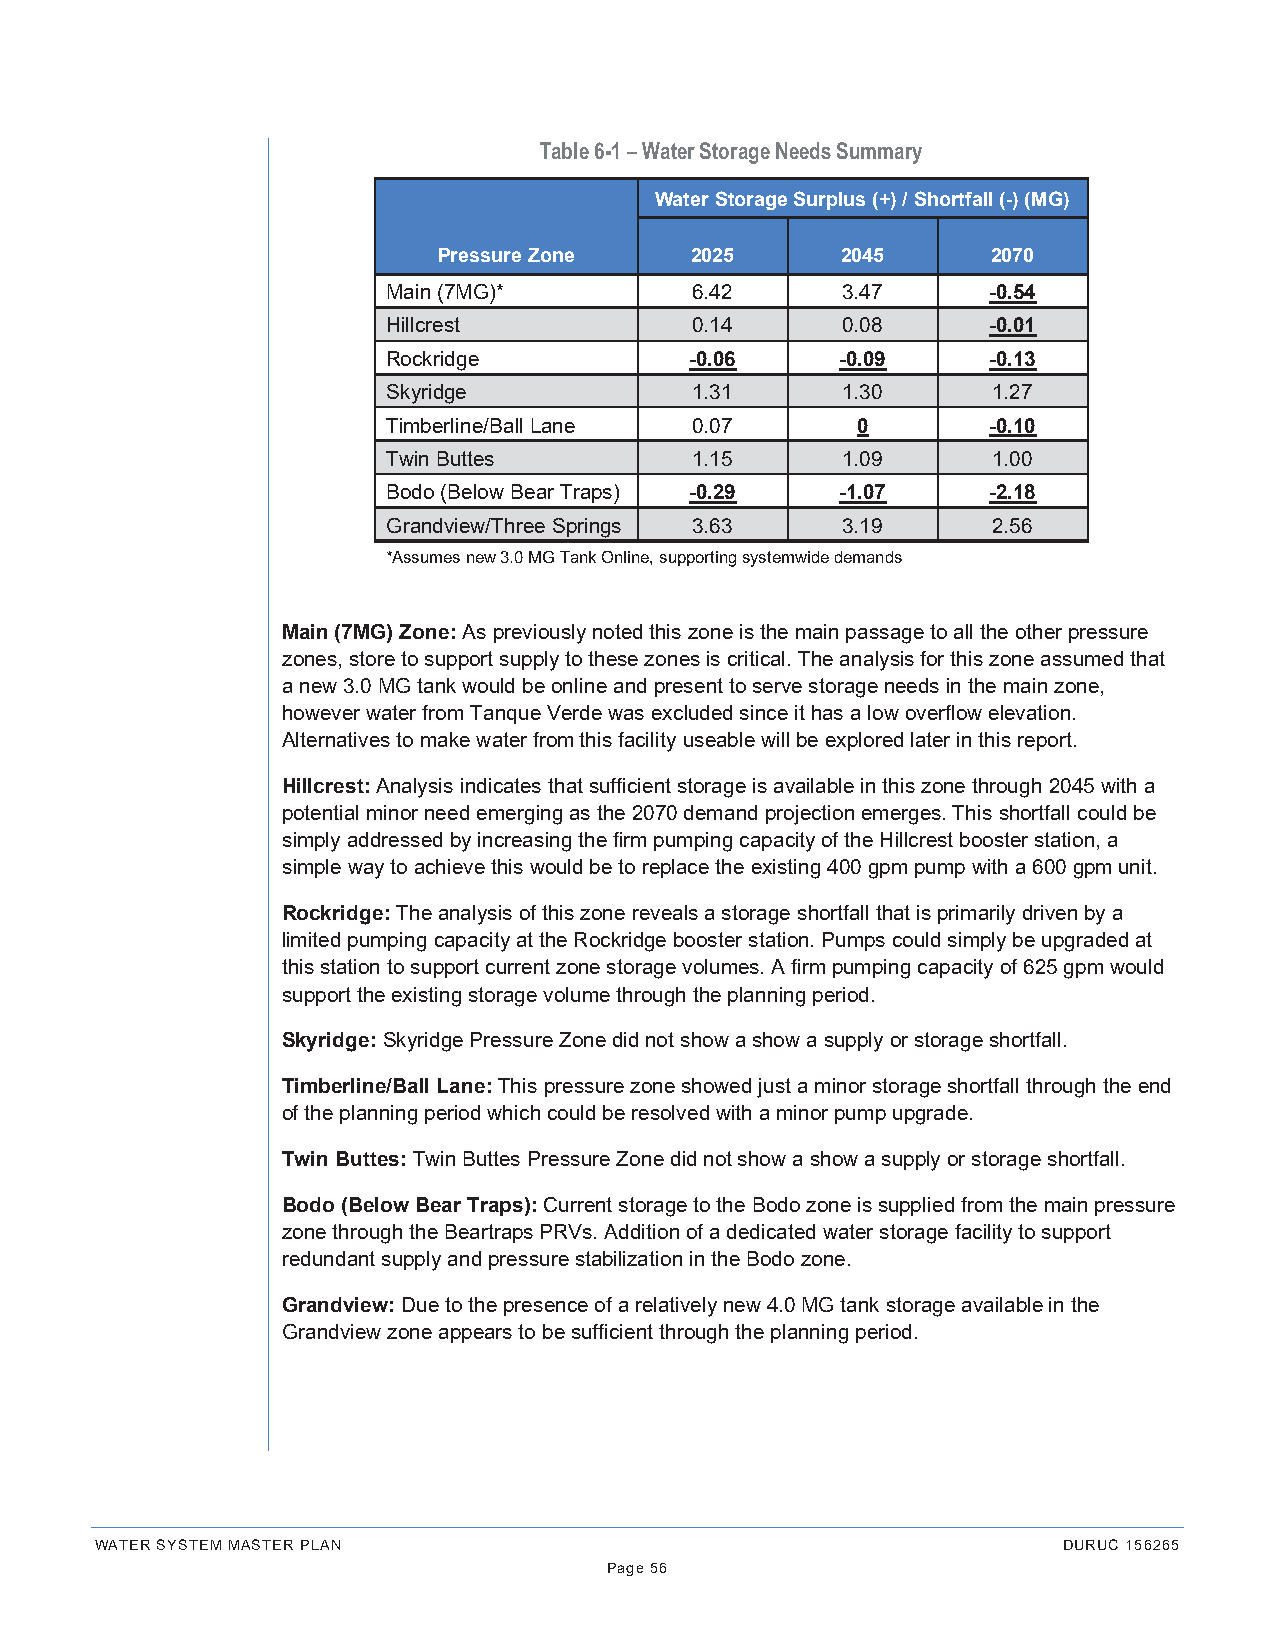
Table 6-1 – Water Storage Needs Summary
 Water Storage Surplus (+) / Shortfall (-) (MG)
 Pressure Zone    2025      2045      2070
 Main (7MG)*         6.42      3.47     -0.54
 Hillcrest           0.14      0.08     -0.01
 Rockridge           -0.06     -0.09    -0.13
 Skyridge            1.31      1.30      1.27
 Timberline/Ball Lane 0.07      0       -0.10
 Twin Buttes         1.15      1.09      1.00
 Bodo (Below Bear Traps) -0.29 -1.07    -2.18
 Grandview/Three Springs 3.63  3.19      2.56
 *Assumes new 3.0 MG Tank Online, supporting systemwide demands
 Main (7MG) Zone: As previously noted this zone is the main passage to all the other pressure
 zones, store to support supply to these zones is critical. The analysis for this zone assumed that
 a new 3.0 MG tank would be online and present to serve storage needs in the main zone,
 however water from Tanque Verde was excluded since it has a low overflow elevation.
 Alternatives to make water from this facility useable will be explored later in this report.
 Hillcrest: Analysis indicates that sufficient storage is available in this zone through 2045 with a
 potential minor need emerging as the 2070 demand projection emerges. This shortfall could be
 simply addressed by increasing the firm pumping capacity of the Hillcrest booster station, a
 simple way to achieve this would be to replace the existing 400 gpm pump with a 600 gpm unit.
 Rockridge: The analysis of this zone reveals a storage shortfall that is primarily driven by a
 limited pumping capacity at the Rockridge booster station. Pumps could simply be upgraded at
 this station to support current zone storage volumes. A firm pumping capacity of 625 gpm would
 support the existing storage volume through the planning period.
 Skyridge: Skyridge Pressure Zone did not show a show a supply or storage shortfall.
 Timberline/Ball Lane: This pressure zone showed just a minor storage shortfall through the end
 of the planning period which could be resolved with a minor pump upgrade.
 Twin Buttes: Twin Buttes Pressure Zone did not show a show a supply or storage shortfall.
 Bodo (Below Bear Traps): Current storage to the Bodo zone is supplied from the main pressure
 zone through the Beartraps PRVs. Addition of a dedicated water storage facility to support
 redundant supply and pressure stabilization in the Bodo zone.
 Grandview: Due to the presence of a relatively new 4.0 MG tank storage available in the
 Grandview zone appears to be sufficient through the planning period.
 WATER SYSTEM MASTER PLAN                                        DURUC 156265
 Page 56